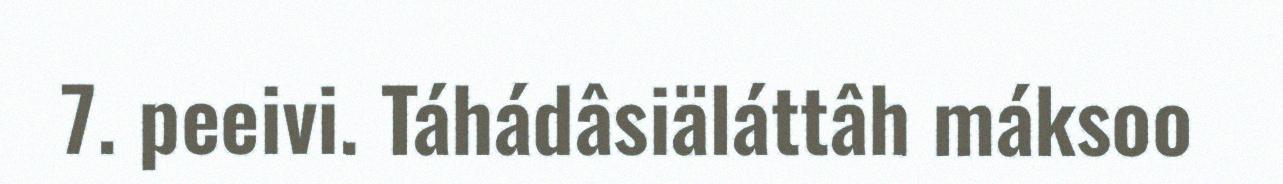
7. peeivi. Táhádâsiäláttâh máksoo